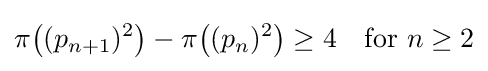
\pi {\big (}(p_{n+1})^{2}{\big )}-\pi {\big (}(p_{n})^{2}{\big )}\geq 4\quad {\text{for }}n\geq 2